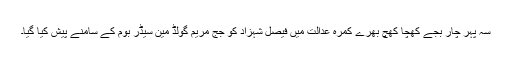
سہ پہر چار بجے کھچا کھچ بھرے کمرہ عدالت میں فیصل شہزاد کو جج مِریم گولڈ مین سیڈر بوم کے سامنے پیش کیا گیا۔